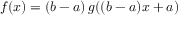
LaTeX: f ( x ) = ( b - a ) \, g ( ( b - a ) x + a )